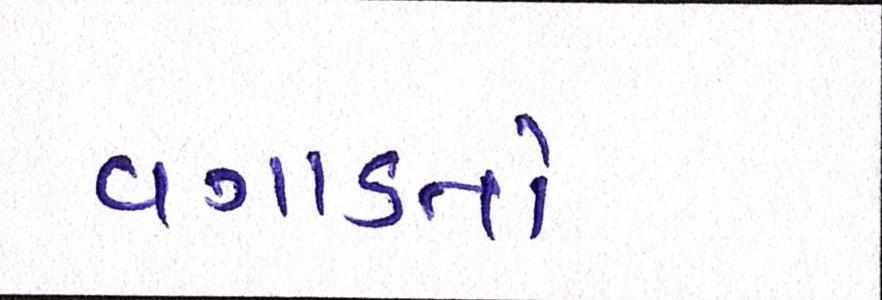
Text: વગાડતો